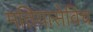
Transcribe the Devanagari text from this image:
मतियासेविच